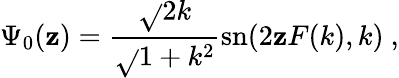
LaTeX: \Psi_{0}(\mathbf{z})={\frac{{\sqrt{}{{2}}k}}{{\sqrt{}{{1+k^{2}}}}}}\mathrm{{sn}}(2\mathbf{z}F(k),k)\ ,